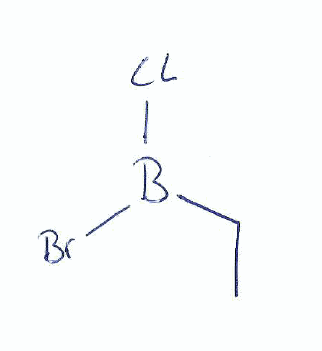
Simplified molecular-input line-entry system (SMILES) notation of the given molecule:
B(CC)(Cl)Br